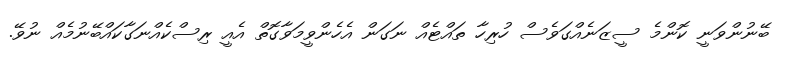
ބޭނުންވަނީ ކޮންމެ ސީޒަނެއްގަވެސް ހުރިހާ ތައްޓެއް ނަގަން އެހެންވީމަވާގޮތް އެއީ ރިސްކެއްނަގާކައްބޭނުމެއް ނުވޭ.